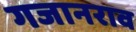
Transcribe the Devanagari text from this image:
गजानराव